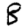
Digit: 8